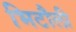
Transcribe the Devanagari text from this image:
भिटौली